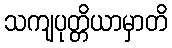
သကျပုတ္တိယာမှာတိ